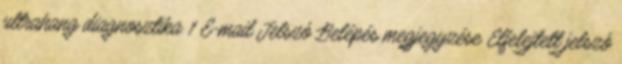
ultrahang diagnosztika 1 E-mail Jelszó Belépés megjegyzése Elfelejtett jelszó